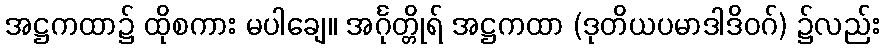
အဋ္ဌကထာ၌ ထိုစကား မပါချေ။ အင်္ဂုတ္တိုရ် အဋ္ဌကထာ (ဒုတိယပမာဒါဒိဝဂ်) ၌လည်း